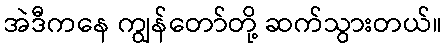
အဲဒီကနေ ကျွန်တော်တို့ ဆက်သွားတယ်။